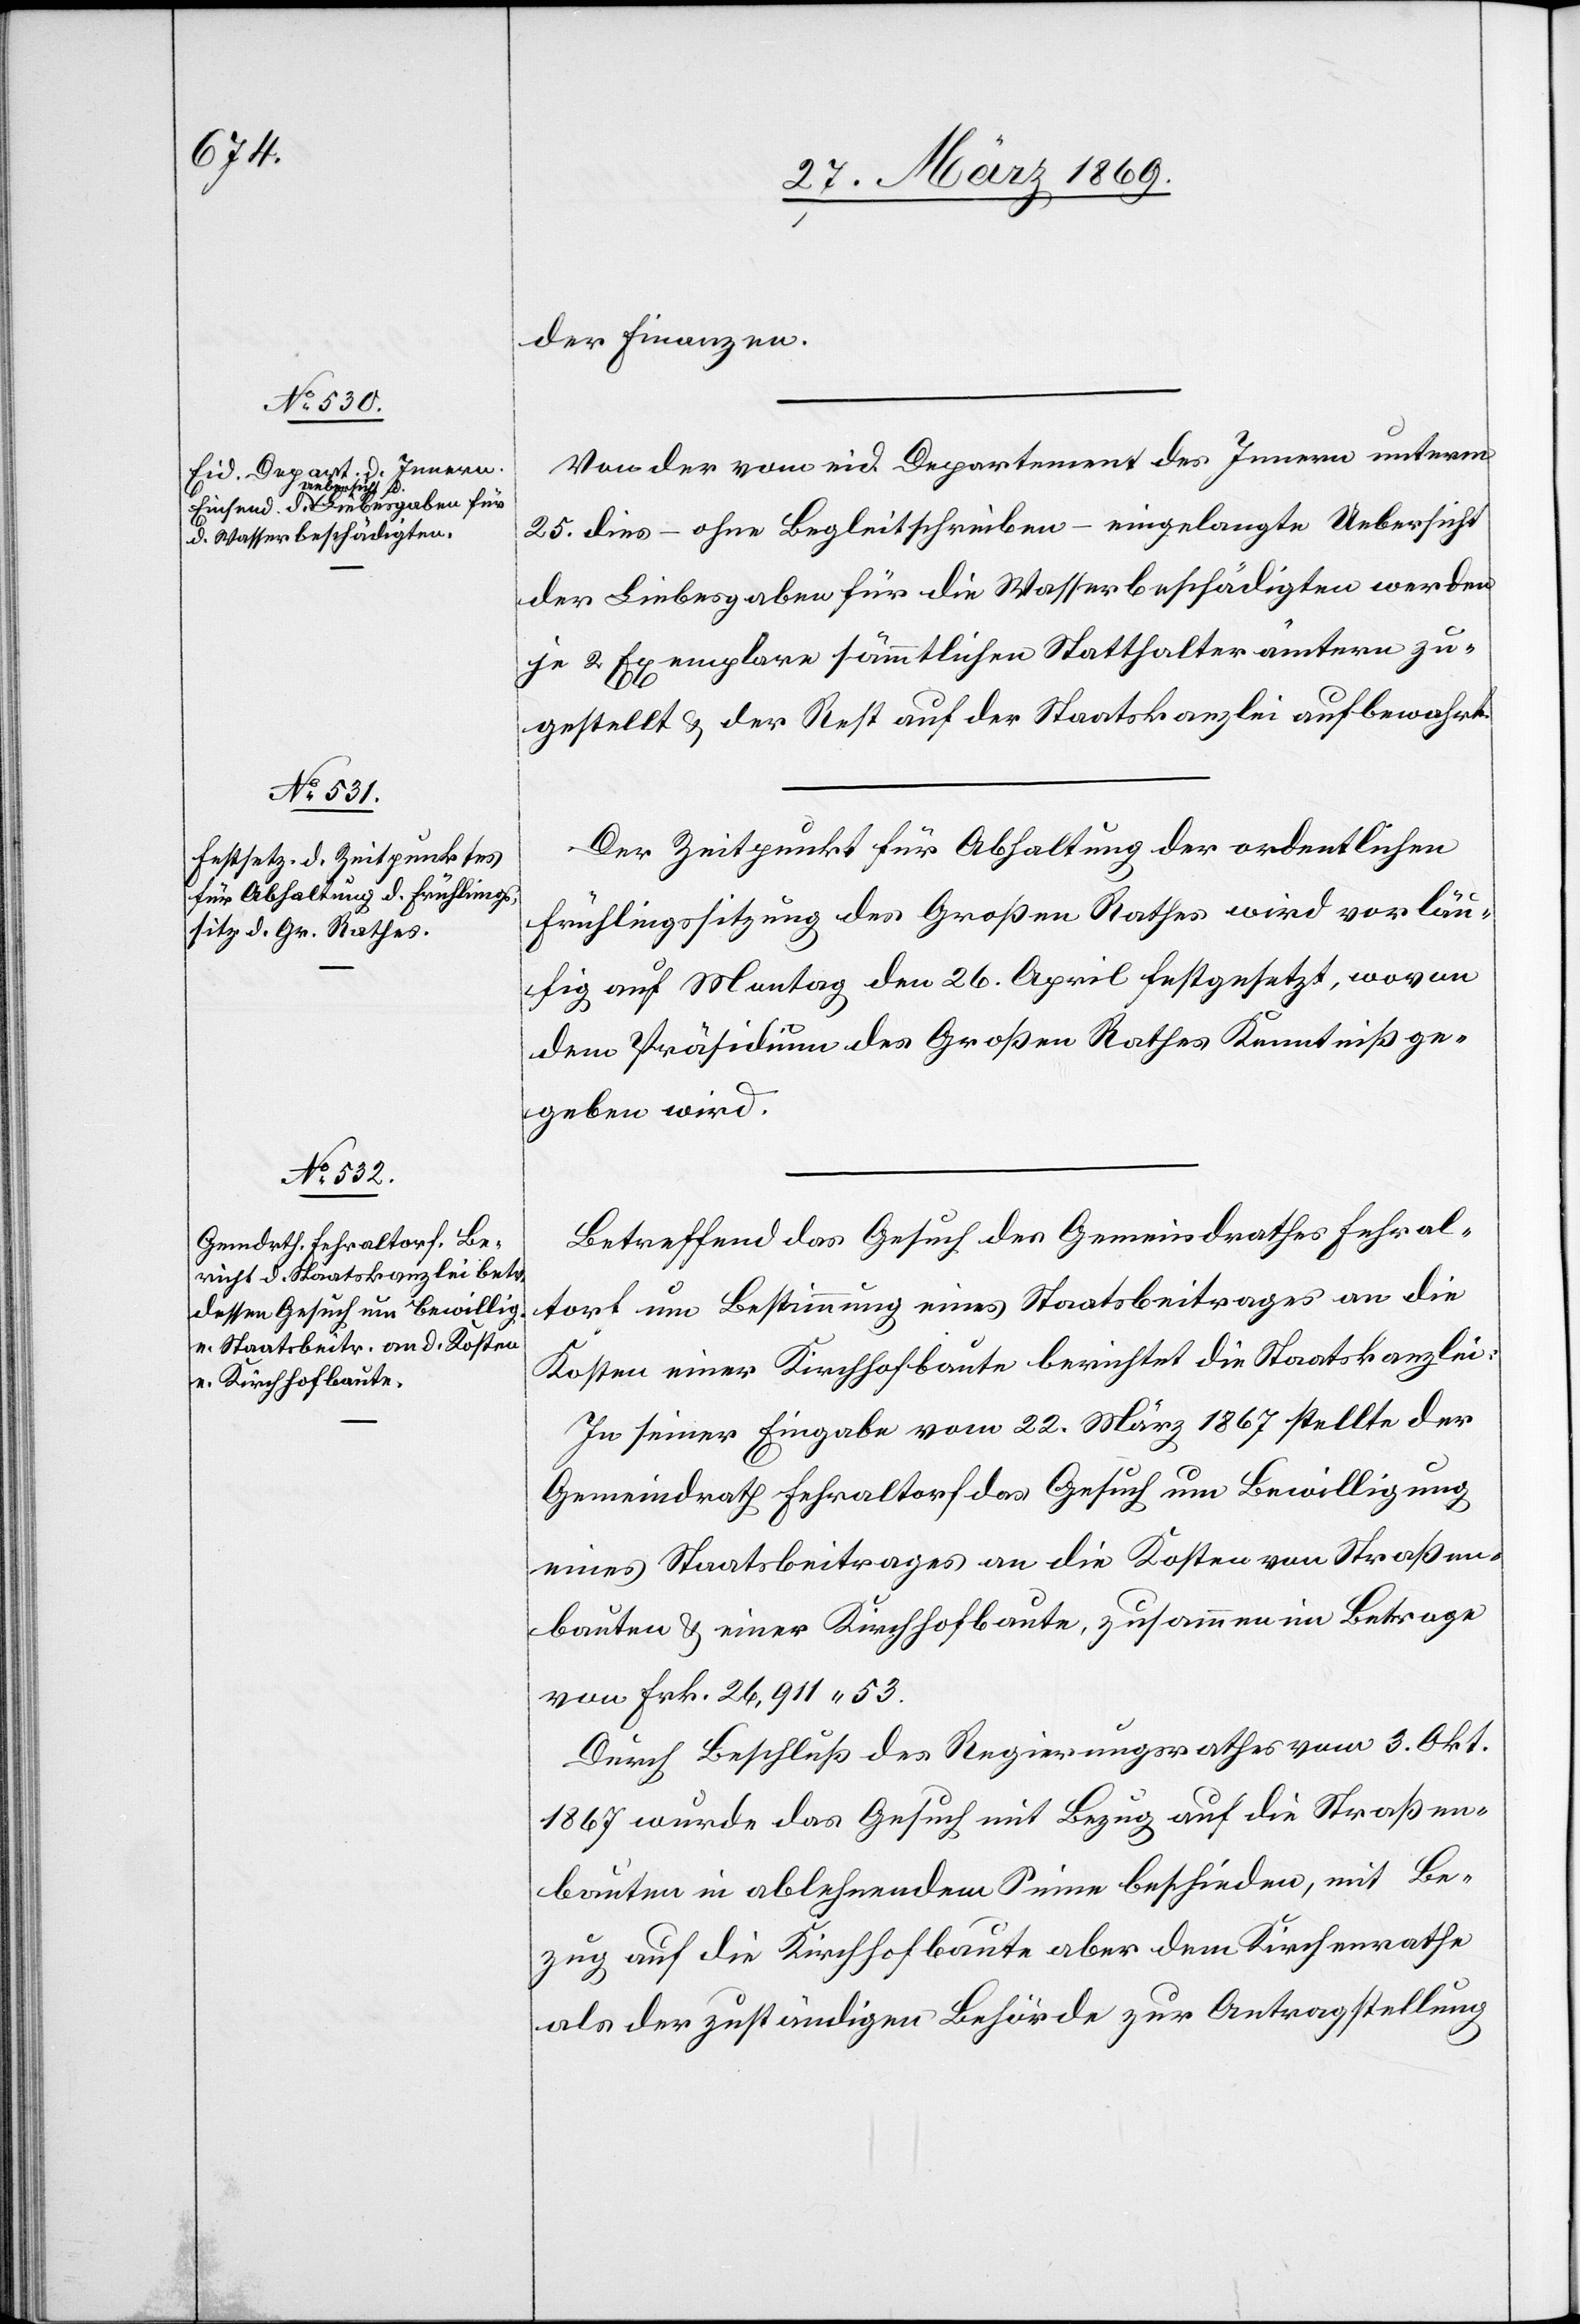
der Finanzen.
Von der vom eid. Departement des Innern unterm
25. dies – ohne Begleitschreiben – eingelangte Uebersicht
der Liebesgaben für die Wasserbeschädigten werden
je 2 Exemplare sämmtlichen Statthalterämtern zu¬
gestellt u. der Rest auf der Staatskanzlei aufbewahrt.
Der Zeitpunkt für Abhaltung der ordentlichen
Frühlingssitzung des Großen Rathes wird vorläu¬
fig auf Montag den 26. April festgesetzt, wovon
dem Präsidium des Großen Rathes Kenntniß ge¬
geben wird.
Betreffend das Gesuch des Gemeindrathes Fehral¬
torf um Bestimmung eines Staatsbeitrages an die
Kosten einer Kirchhofbaute berichtet die Staatskanzlei:
In seiner Eingabe vom 22. März 1867 stellte der
Gemeindrath Fehraltorf das Gesuch um Bewilligung
eines Staatsbeitrages an die Kosten von Straßen¬
bauten u. einer Kirchhofbaute, zusammen im Betrage
von Frk. 26,911 53.
Durch Beschluß des Regierungsrathes vom 3. Okt.
1867 wurde das Gesuch mit Bezug auf die Straßen¬
bauten in ablehnendem Sinne beschieden, mit Be¬
zug auf die Kirchhofbaute aber dem Kirchenrathe
als der zuständigen Behörde zur Antragstellung